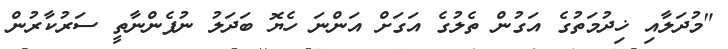
"މުދަލާއި ޚިދުމަތުގެ އަގުން ތެލުގެ އަގަށް އަންނަ ހެޔޮ ބަދަލު ނުފެންނާތީ ސަރުކާރުން